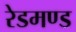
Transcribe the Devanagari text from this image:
रेडमण्ड